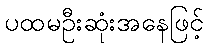
ပထမဦးဆုံးအနေဖြင့်